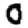
Digit: 0